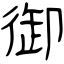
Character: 御